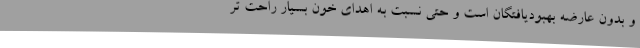
و بدون عارضه بهبودیافتگان است و حتی نسبت به اهدای خون بسیار راحت تر